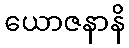
ယောဇနာနိ